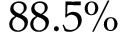
8 8 . 5 \%